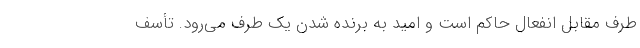
طرف مقابل انفعال حاكم است و اميد به برنده شدن يك طرف مي‌رود. تأسف